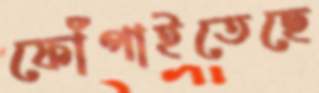
ফোঁপাইতেছে